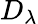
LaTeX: D_{\lambda}